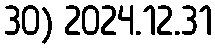
30) 2024.12.31